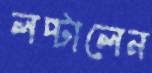
লপ্‌টালেন